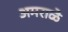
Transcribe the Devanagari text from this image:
अमराळे